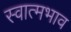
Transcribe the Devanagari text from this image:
स्वात्मभाव